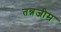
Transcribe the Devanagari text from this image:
तन्नजीम